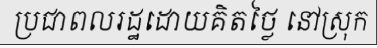
ប្រជាពលរដ្ឋដោយគិតថ្លៃ នៅស្រុក